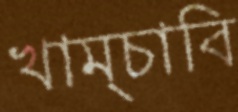
খাম্‌চাবি